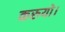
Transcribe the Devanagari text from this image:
करुयो।